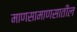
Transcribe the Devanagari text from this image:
माणसामाणसातील